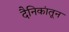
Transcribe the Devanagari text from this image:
दैनिकांतून